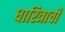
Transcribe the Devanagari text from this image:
धारित्राची